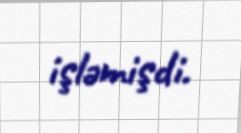
işləmişdi.